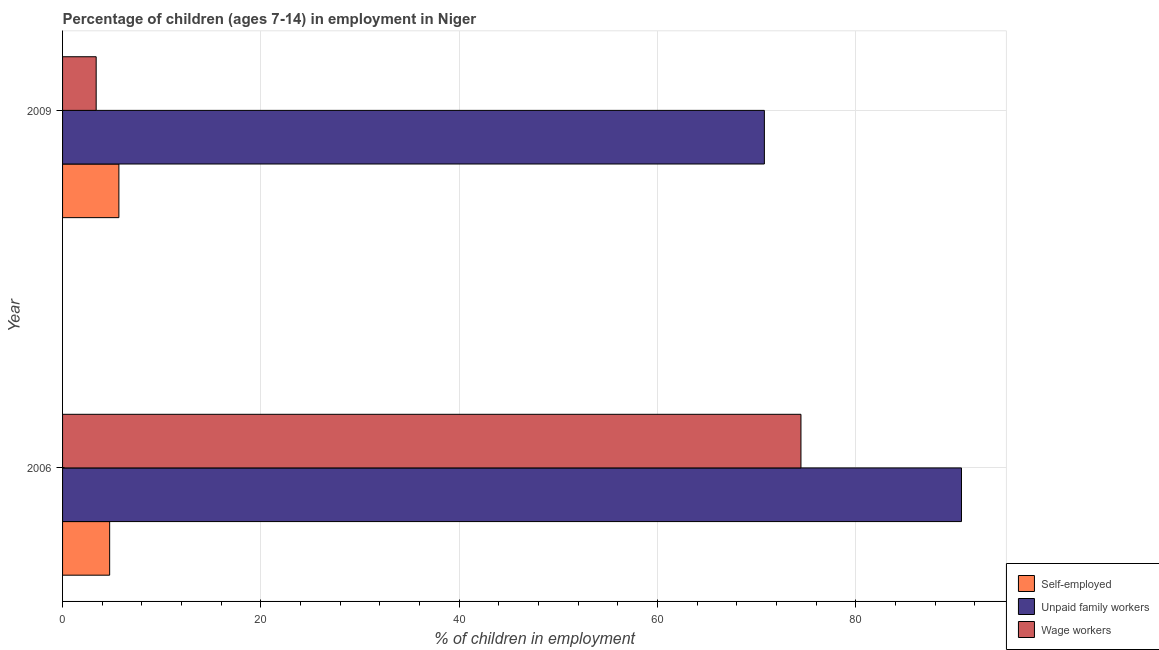
| Year | Self-employed | Unpaid family workers | Wage workers |
 | --- | --- | --- | --- |
 | 2006 | 4.75 | 90.7 | 74.5 |
 | 2009 | 5.68 | 70.8 | 3.39 |